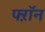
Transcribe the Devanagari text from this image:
फ्ऱॉन